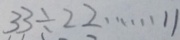
3 3 \div 2 2 \cdots 1 1